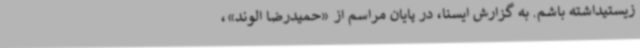
زیستیداشته باشم. به گزارش ایسنا، در پایان مراسم از «حمیدرضا الوند»،